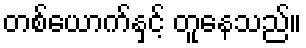
တစ်ယောက်နှင့် တူနေသည်။